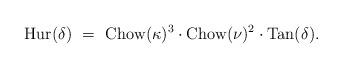
LaTeX: \begin{align*} {\rm Hur}(\delta) \,\, = \,\, {\rm Chow}(\kappa)^3 \cdot {\rm Chow}(\nu)^2 \cdot{\rm Tan}(\delta). \end{align*}